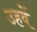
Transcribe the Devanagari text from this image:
उहवें